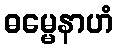
ဓမ္မေနာဟံ